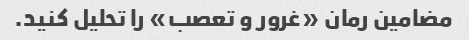
مضامین رمان «غرور و تعصب» را تحلیل کنید.